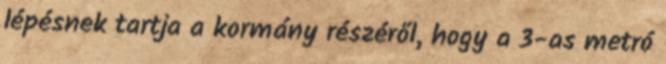
lépésnek tartja a kormány részéről, hogy a 3-as metró